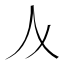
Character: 𠆥